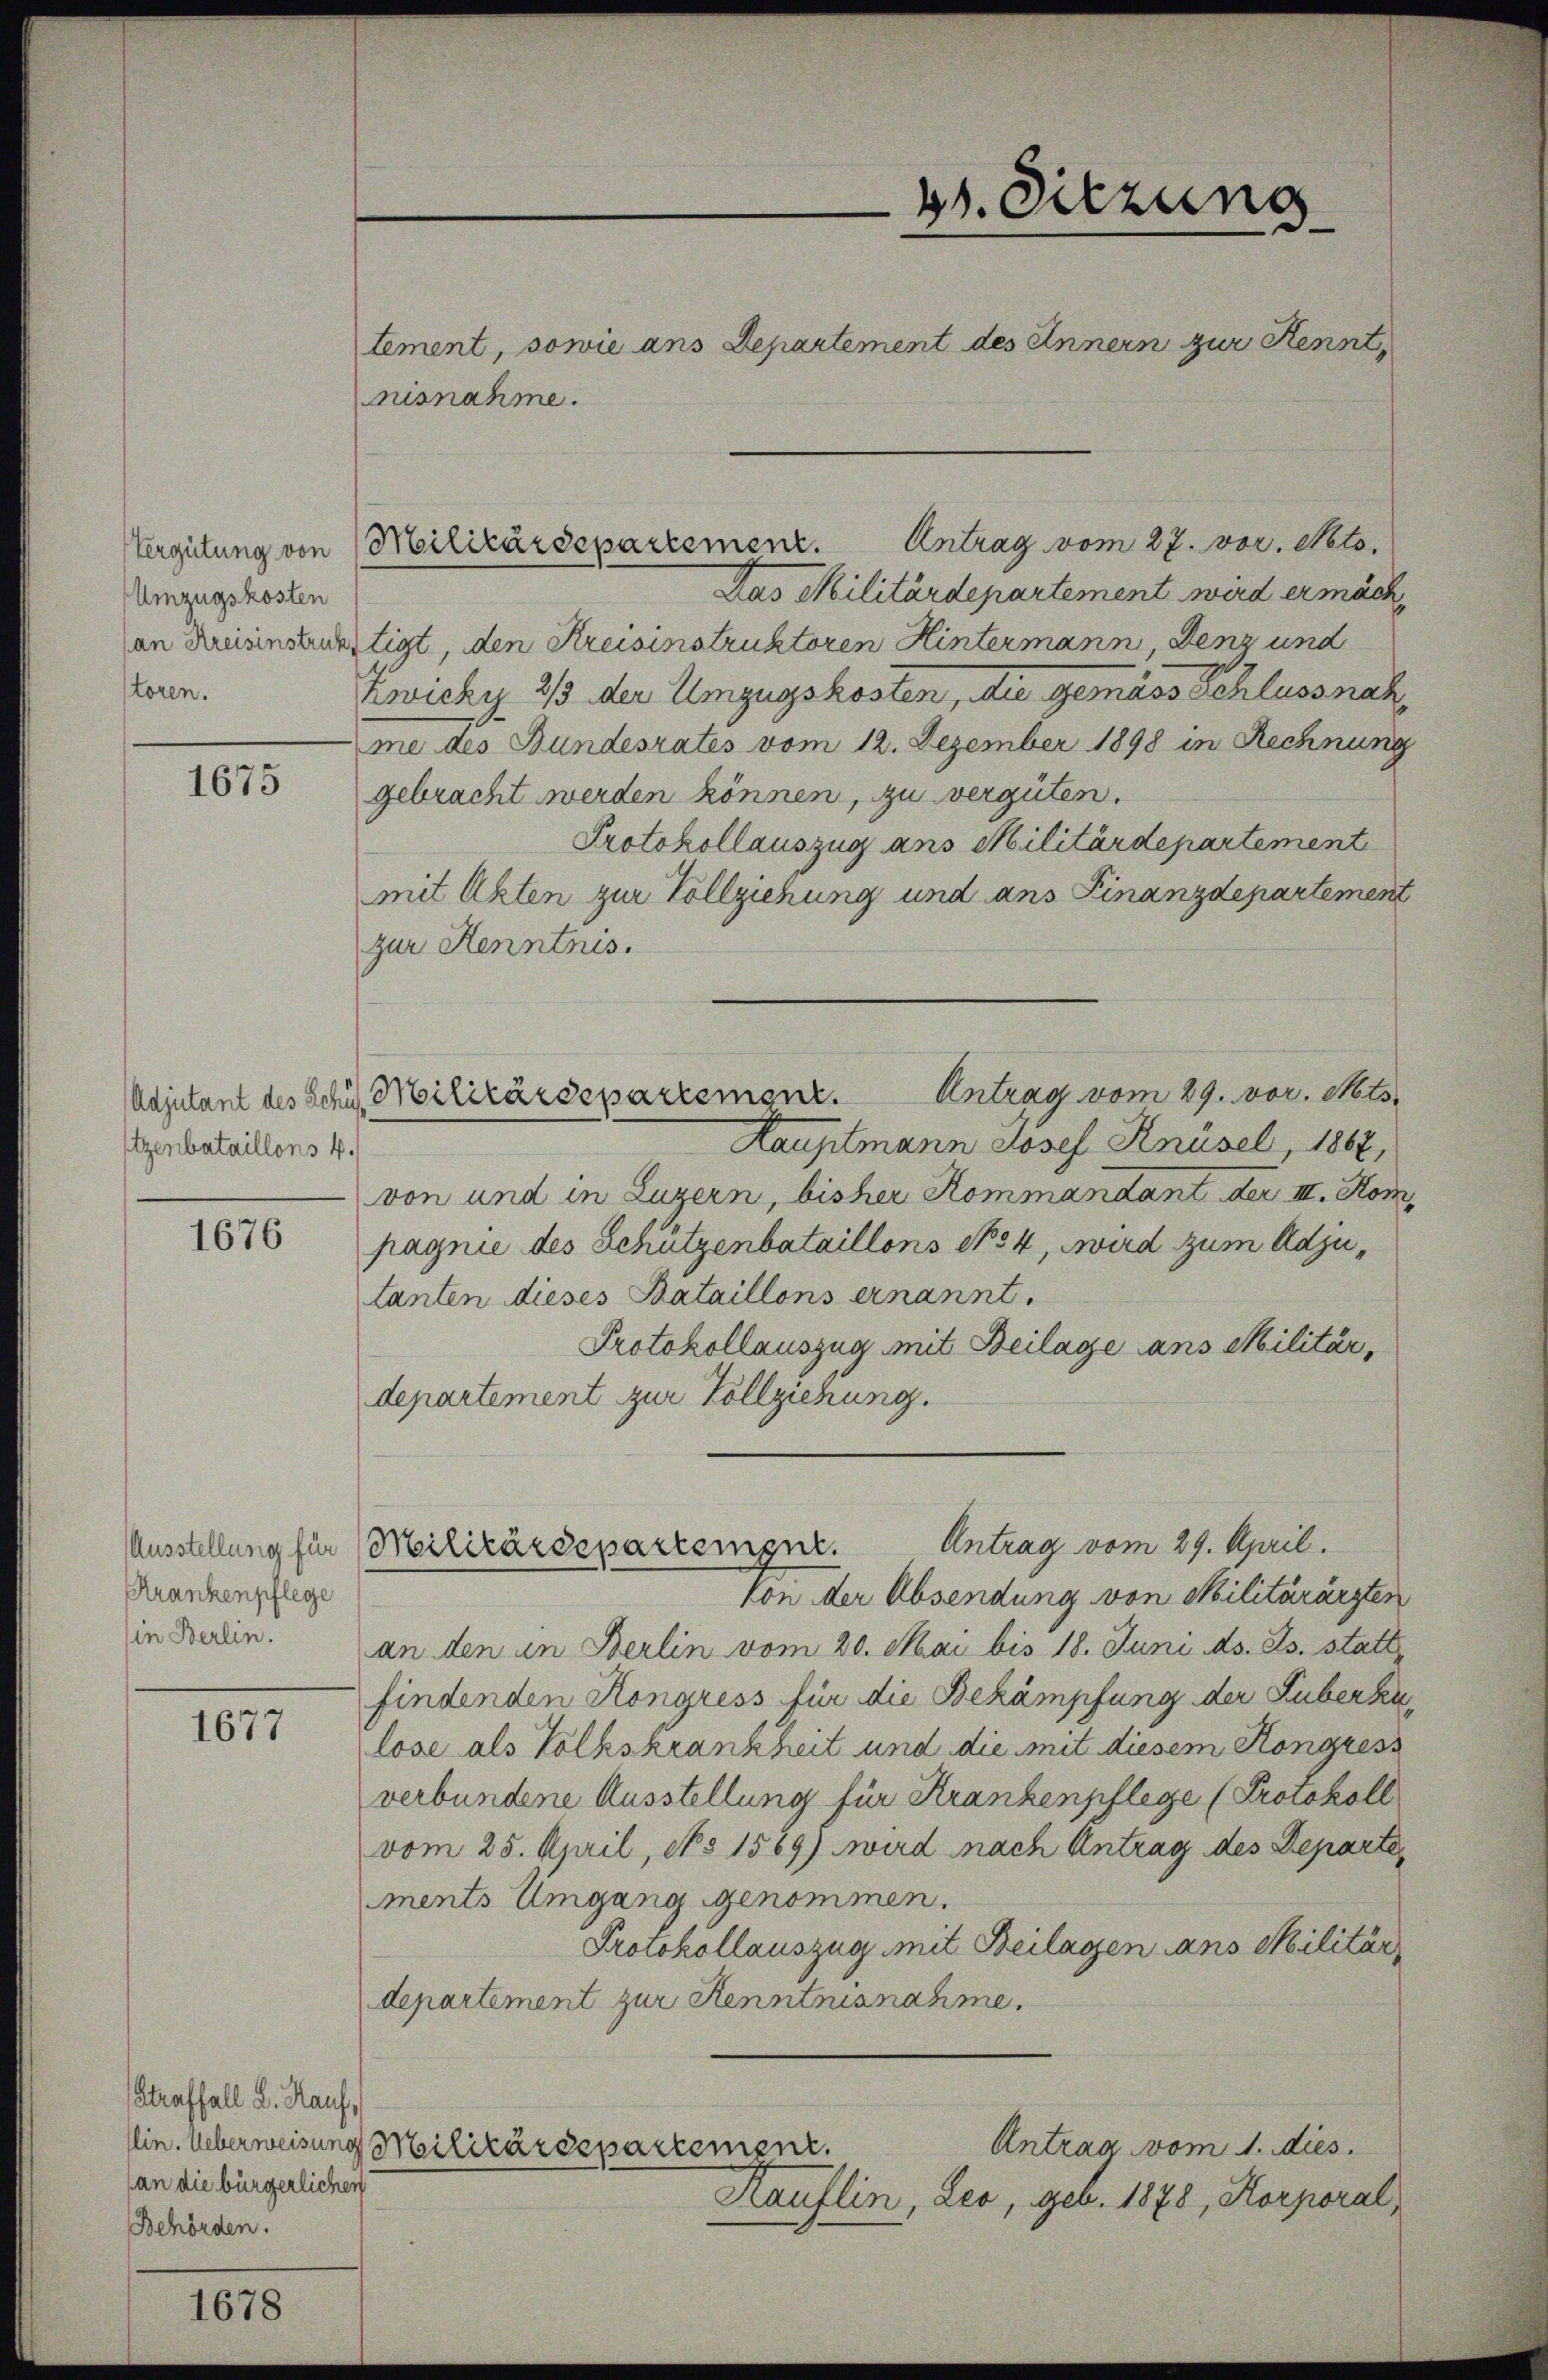
Vergütung von
Umzugskosten
an Kreisinstruk
stören.

1675

tzenbataillons 4.

1676

Krankenpflege
in Berlin.

1677

Straffall L. Kauf,
an die bürgerlichen
Behörden.

1678

23. Sitzung
tement, sowie ans Departement des Innern zur Kennt,
nisnahme.

Militärdepartement. Antrag vom 27. vor. Nato.

Das Militärdepartement wird ermach
tigt, den Kreisinstruktoren Hintermann, Denz und
Zwicky 2/3 der Umzugskosten, die gemäss schlussnah
me des Bundesrates vom 12. Dezember 1898 in Rechnung
gebracht werden können, zu vergüten.
Protokollauszug ans Militärdepartement
mit Akten zur Vollziehung und ans Finanzdepartement
zur Kenntnis.
Antrag vom 29. vor. Mts.
Hauptmann Josef Knüsel, 1867,
von und in Luzern, bisher Kommandant der III. Kom
pagnie des Schützenbataillons No 4, wird zum Adjutanten dieses Bataillons ernannt.
Protokollauszug mit Beilage ans Militär,
departement zur Vollziehung.
Antrag vom 29. April.
Ausstellung für Militärdeparteigne.
Von der Absendung von Militärärzten
an den in Berlin vom 20. Mai bis 18. Juni ds. Js. stattfindenden Kongress für die Bekämpfung der Suberka
lose als Volkskrankheit und die mit diesem Kongress
verbundene Ausstellung für Krankenpflege (Protokoll
vom 25. April, No 1589) wird nach Antrag des Departe
ments Umgang genommen.
Protokollauszug mit Beilagen ans Militär
departement zur Kenntnisnahme.
lin. Ueberweisung Militärdepartement.
Antrag vom 1. dies
Kauflin, Leo, geb. 1878, Korporal,

Adjutant des Schus, Militärdepartement.